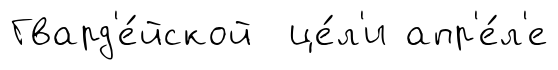
Гвард'е́йской це́л'и апр'е́л'е